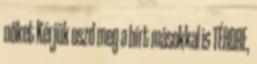
nőket Kérjük oszd meg a hírt másokkal is TÉRDRE,